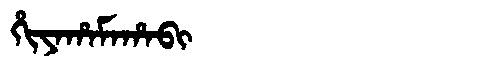
Manchu: ᡥᡳᠶᠠᡥᠠᠮᠠᡥᠠᠪᡳ
Romanization: HIYAHAMAHABI